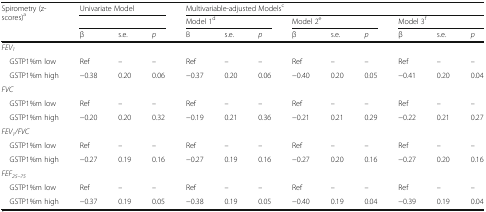
<table><thead><tr><td rowspan="3"><b>Spirometry (z-scores)<sup>a</sup></b></td><td colspan="3"><b>Univariate Model</b></td><td colspan="9"><b>Multivariable-adjusted Models<sup>c</sup></b></td></tr><tr><td colspan="3"></td><td colspan="3"><b>Model 1<sup>d</sup></b></td><td colspan="3"><b>Model 2<sup>e</sup></b></td><td colspan="3"><b>Model 3<sup>f</sup></b></td></tr><tr><td><b>β</b></td><td><b>s.e.</b></td><td><b><i>p</i></b></td><td><b>Β</b></td><td><b>s.e.</b></td><td><b><i>p</i></b></td><td><b>β</b></td><td><b>s.e.</b></td><td><b><i>p</i></b></td><td><b>β</b></td><td><b>s.e.</b></td><td><b><i>p</i></b></td></tr></thead><tbody><tr><td><i>FEV</i><sub><i>1</i></sub></td><td></td><td></td><td></td><td></td><td></td><td></td><td></td><td></td><td></td><td></td><td></td><td></td></tr><tr><td> GSTP1%m low</td><td>Ref</td><td>–</td><td>–</td><td>Ref</td><td>–</td><td>–</td><td>Ref</td><td>–</td><td>–</td><td>Ref</td><td>–</td><td>–</td></tr><tr><td> GSTP1%m high</td><td>−0.38</td><td>0.20</td><td>0.06</td><td>−0.37</td><td>0.20</td><td>0.06</td><td>−0.40</td><td>0.20</td><td>0.05</td><td>−0.41</td><td>0.20</td><td>0.04</td></tr><tr><td><i>FVC</i></td><td></td><td></td><td></td><td></td><td></td><td></td><td></td><td></td><td></td><td></td><td></td><td></td></tr><tr><td> GSTP1%m low</td><td>Ref</td><td>–</td><td>–</td><td>Ref</td><td>–</td><td>–</td><td>Ref</td><td>–</td><td>–</td><td>Ref</td><td>–</td><td>–</td></tr><tr><td> GSTP1%m high</td><td>−0.20</td><td>0.20</td><td>0.32</td><td>−0.19</td><td>0.21</td><td>0.36</td><td>−0.21</td><td>0.21</td><td>0.29</td><td>−0.22</td><td>0.21</td><td>0.27</td></tr><tr><td><i>FEV</i><sub><i>1</i></sub><i>/FVC</i></td><td></td><td></td><td></td><td></td><td></td><td></td><td></td><td></td><td></td><td></td><td></td><td></td></tr><tr><td> GSTP1%m low</td><td>Ref</td><td>–</td><td>–</td><td>Ref</td><td>–</td><td>–</td><td>Ref</td><td>–</td><td>–</td><td>Ref</td><td>–</td><td>–</td></tr><tr><td> GSTP1%m high</td><td>−0.27</td><td>0.19</td><td>0.16</td><td>−0.27</td><td>0.19</td><td>0.16</td><td>−0.27</td><td>0.20</td><td>0.16</td><td>−0.27</td><td>0.20</td><td>0.16</td></tr><tr><td><i>FEF</i><sub><i>25–75</i></sub></td><td></td><td></td><td></td><td></td><td></td><td></td><td></td><td></td><td></td><td></td><td></td><td></td></tr><tr><td> GSTP1%m low</td><td>Ref</td><td>–</td><td>–</td><td>Ref</td><td>–</td><td>–</td><td>Ref</td><td>–</td><td>–</td><td>Ref</td><td>–</td><td>–</td></tr><tr><td> GSTP1%m high</td><td>−0.37</td><td>0.19</td><td>0.05</td><td>−0.38</td><td>0.19</td><td>0.05</td><td>−0.40</td><td>0.19</td><td>0.04</td><td>−0.39</td><td>0.19</td><td>0.04</td></tr></tbody></table>